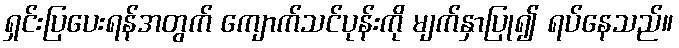
ရှင်းပြပေးရန်အတွက် ကျောက်သင်ပုန်းကို မျက်နှာပြု၍ ရပ်နေသည်။